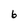
Character: b